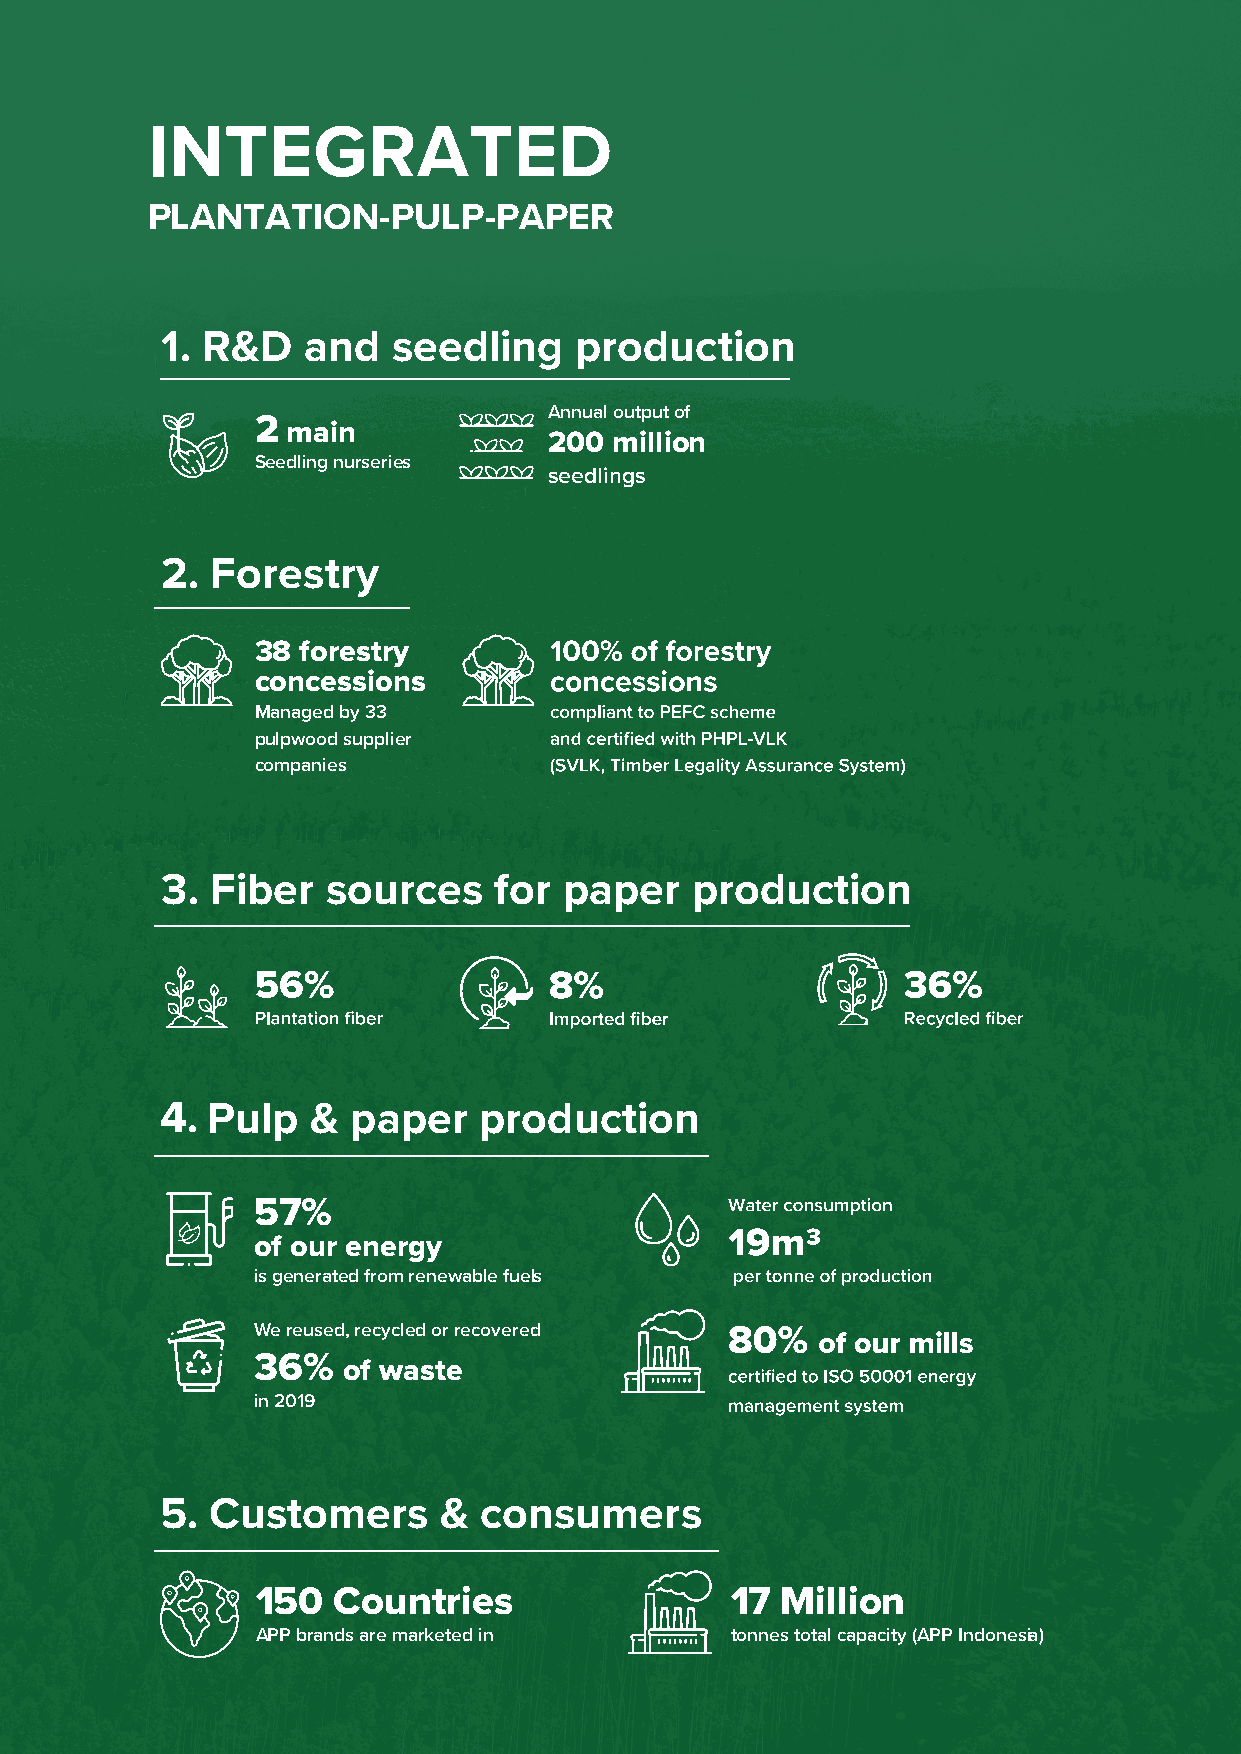
Section 3          Section 4           Section 5          Section 6
 Strategy           Production          Forest             People
 INTEGRATED
 PLANTATION-PULP-PAPER
 1. R&D   and   seedling    production
 Annual output of
 2 main
 200  million
 Seedling nurseries
 seedlings
 2. Forestry
 38 forestry
 concessions
 Managed by 33
 pulpwood supplier
 companies
 3. Fiber   sources    for paper    production
 4. Pulp   & paper    production
 57%
 of our energy
 is generated from renewable fuels
 We reused, recycled or recovered
 36%   of waste
 in 2019
 5. Customers      &  consumers
 150  Countries                 17  Million
 APP brands are marketed in     tonnes total capacity (APP Indonesia)
 5